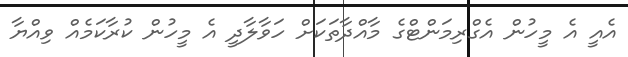
އެއީ އެ މީހުން އެގްރިމަންޓްގެ މާއްދާތަކަށް ހަވާލާދީ އެ މީހުން ކުރާކަމެއް ވިއްޔާ